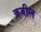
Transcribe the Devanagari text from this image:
कबील